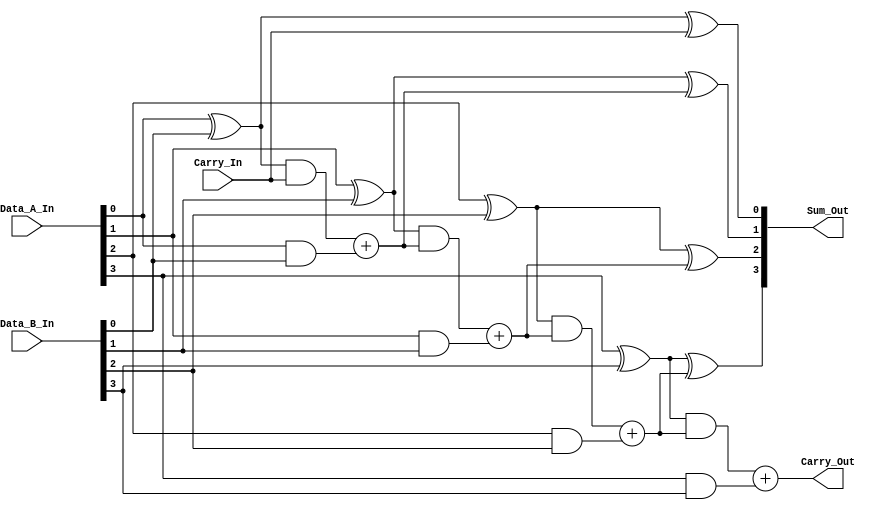
/*
**************************************************
        Look Ahead Carry Generator - 4-Bit
**************************************************

This is a verilog code, to implement a 4-Bit Look Ahead Carry Generator.

--------------------------------------------------
Author : Prasad Narayan Ghatol
--------------------------------------------------
*/



module Look_Ahead_Carry_Generator_4_Bit (
    input  [3:0] Data_A_In,
    input  [3:0] Data_B_In,
    input        Carry_In,

    output [3:0] Sum_Out,
    output       Carry_Out
);



// --------------------------------------------------
// wires and regs
// --------------------------------------------------
wire [3:0] P;
wire [3:0] G;
wire [3:0] C;



// --------------------------------------------------
// Carry Propogate
// --------------------------------------------------
assign P[0] = Data_A_In[0] ^ Data_B_In[0];
assign P[1] = Data_A_In[1] ^ Data_B_In[1];
assign P[2] = Data_A_In[2] ^ Data_B_In[2];
assign P[3] = Data_A_In[3] ^ Data_B_In[3];



// --------------------------------------------------
// Carry Generate
// --------------------------------------------------
assign G[0] = Data_A_In[0] & Data_B_In[0];
assign G[1] = Data_A_In[1] & Data_B_In[1];
assign G[2] = Data_A_In[2] & Data_B_In[2];
assign G[3] = Data_A_In[3] & Data_B_In[3];



// --------------------------------------------------
// Look Ahead Carry Generator - 4-Bit Logic
// --------------------------------------------------
assign C[0] = (P[0] & Carry_In) + G[0];
assign C[1] = (P[1] & ((P[0] & Carry_In) + G[0])) + G[1];
assign C[2] = (P[2] & ((P[1] & ((P[0] & Carry_In) + G[0])) + G[1])) + G[2];
assign C[3] = (P[3] & ((P[2] & ((P[1] & ((P[0] & Carry_In) + G[0])) + G[1])) + G[2])) + G[3];


assign Carry_Out = C[3];


assign Sum_Out[0] = P[0] ^ Carry_In;
assign Sum_Out[1] = P[1] ^ C[0];
assign Sum_Out[2] = P[2] ^ C[1];
assign Sum_Out[3] = P[3] ^ C[2];



endmodule